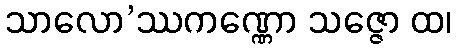
သာလော’ဿကဏ္ဏော သဇ္ဇော ထ၊